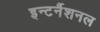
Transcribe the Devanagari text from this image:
इन्टर्नैशनल